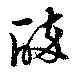
醉